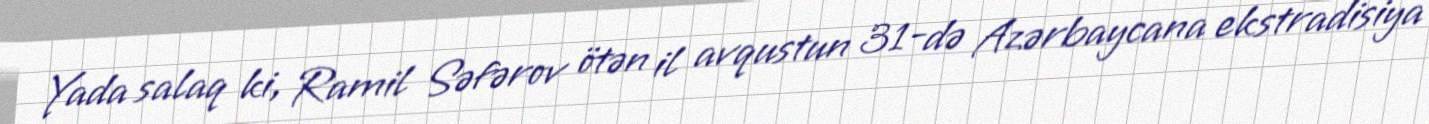
Yada salaq ki, Ramil Səfərov ötən il avqustun 31-də Azərbaycana ekstradisiya